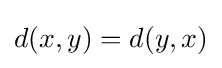
d(x,y)=d(y,x)